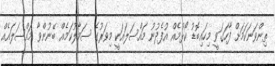
ތިންވަނަކަމަށް ފާހަގަވީ މިހައިބޮޑު ކޯޅުމެއް އުފެދުނު މައްސަލައަކީ މިވަރުގެ ސަމާލުކަމެއް ބޭނުންވާ މައްސަލައެއް